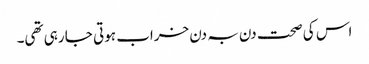
اس کی صحت دن بہ دن خراب ہوتی جا رہی تھی۔